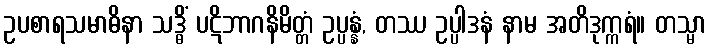
ဥပစာရသမာဓိနာ သဒ္ဓိံ ပဋိဘာဂနိမိတ္တံ ဥပ္ပန္နံ, တဿ ဥပ္ပါဒနံ နာမ အတိဒုက္ကရံ။ တသ္မာ